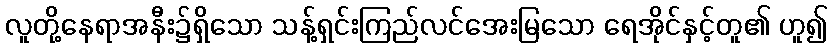
လူတို့နေရာအနီး၌ရှိသော သန့်ရှင်းကြည်လင်အေးမြသော ရေအိုင်နှင့်တူ၏ ဟူ၍